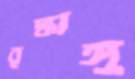
বৃদ্ধাঙ্গু